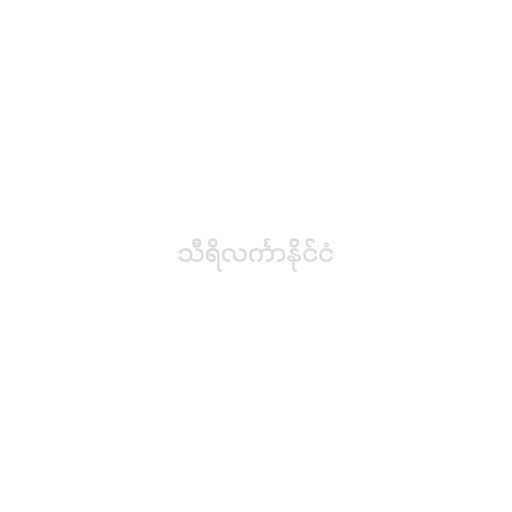
သီရိလင်္ကာနိုင်ငံ